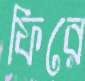
ফিরে